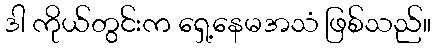
ဒါ ကိုယ်တွင်းက ရှေ့နေမအသံ ဖြစ်သည်။